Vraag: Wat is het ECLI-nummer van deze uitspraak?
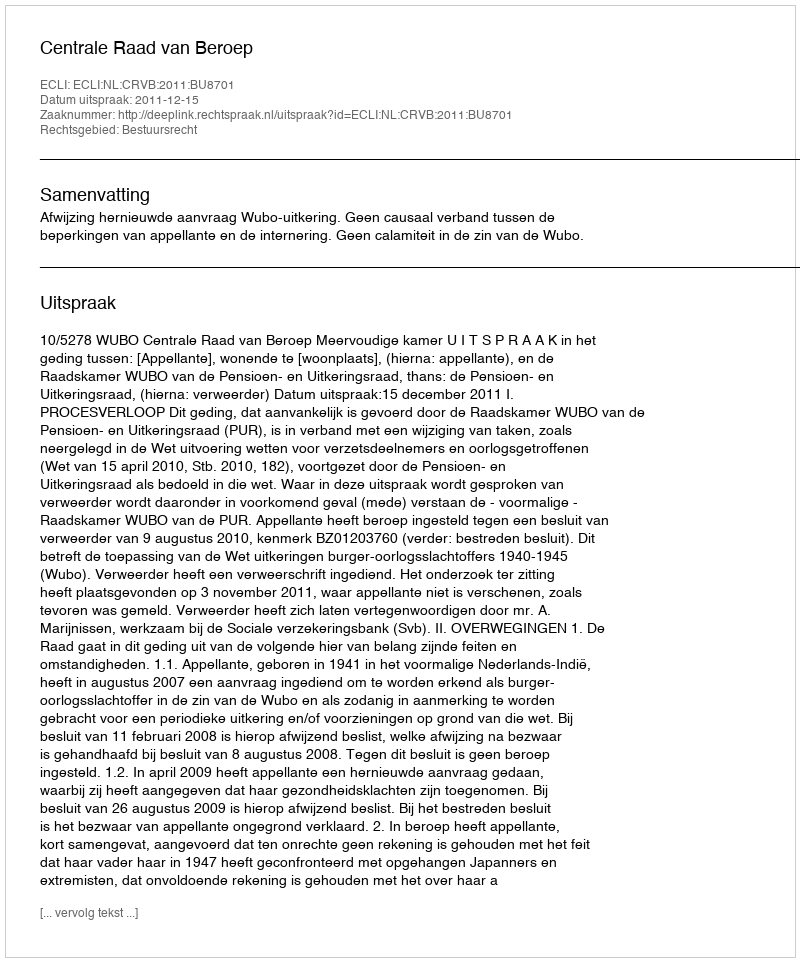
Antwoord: ECLI:NL:CRVB:2011:BU8701